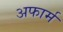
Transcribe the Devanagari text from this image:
अफार्म